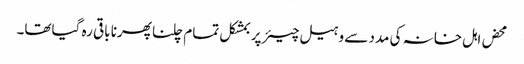
محض اہل خانہ کی مدد سے وہیل چیئر پر بمشکل تمام چلنا پھرنا باقی رہ گیاتھا۔